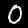
Digit: 0